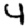
Digit: 4